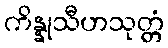
ကိန္နုသီဟသုတ္တံ